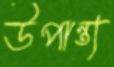
উপান্ত্য